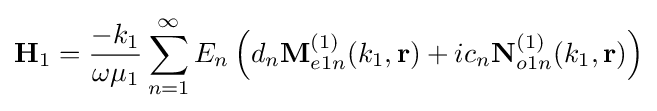
\mathbf {H} _{1}={\frac {-k_{1}}{\omega \mu _{1}}}\sum _{n=1}^{\infty }E_{n}\left(d_{n}\mathbf {M} _{e1n}^{(1)}(k_{1},\mathbf {r} )+ic_{n}\mathbf {N} _{o1n}^{(1)}(k_{1},\mathbf {r} )\right)